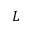
L